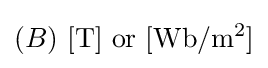
(B)\ \mathrm {[T]} {\text{ or }}\mathrm {[Wb/m^{2}]}